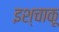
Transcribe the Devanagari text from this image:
इश्चाकू